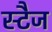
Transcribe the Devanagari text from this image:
स्टैज